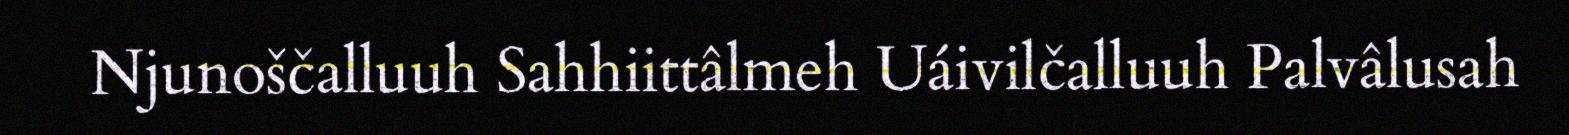
Njunoščalluuh Sahhiittâlmeh Uáivilčalluuh Palvâlusah